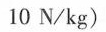
10N/kg)